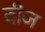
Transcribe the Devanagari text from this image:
दीज